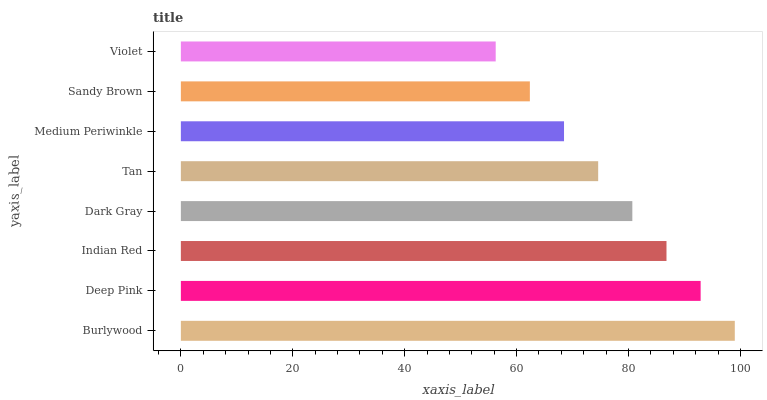
| yaxis_label | bars |
 | --- | --- |
 | Burlywood | 99 |
 | Deep Pink | 92.9 |
 | Indian Red | 86.8 |
 | Dark Gray | 80.7 |
 | Tan | 74.6 |
 | Medium Periwinkle | 68.5 |
 | Sandy Brown | 62.4 |
 | Violet | 56.3 |